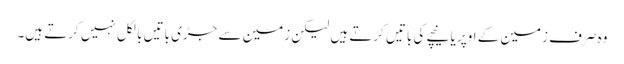
وہ صرف زمین کے اوپر یا نیچے کی باتیں کرتے ہیں لیکن زمین سے جڑی باتیں بالکل نہیں کرتے ہیں۔